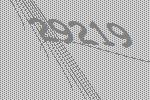
29219